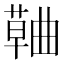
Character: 𮑅